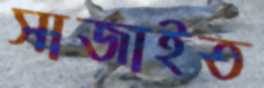
সাজাইত